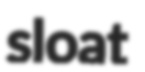
sloat